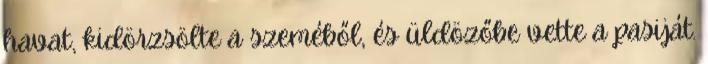
havat, kidörzsölte a szeméből, és üldözőbe vette a pasiját.